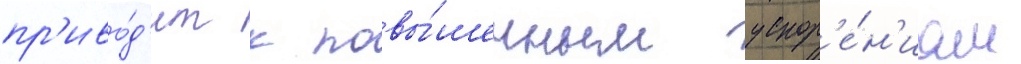
пр'иво́д'ит к повы́шенным ускор'е́н'иам